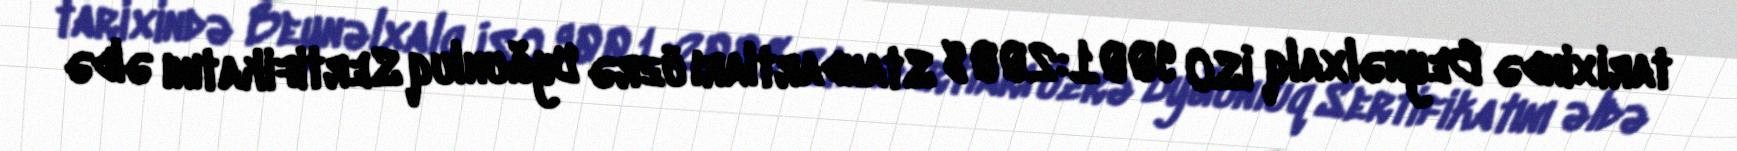
tarixində Beynəlxalq İSO 9001:2008 Standartları üzrə Uyğunluq Sertifikatını əldə